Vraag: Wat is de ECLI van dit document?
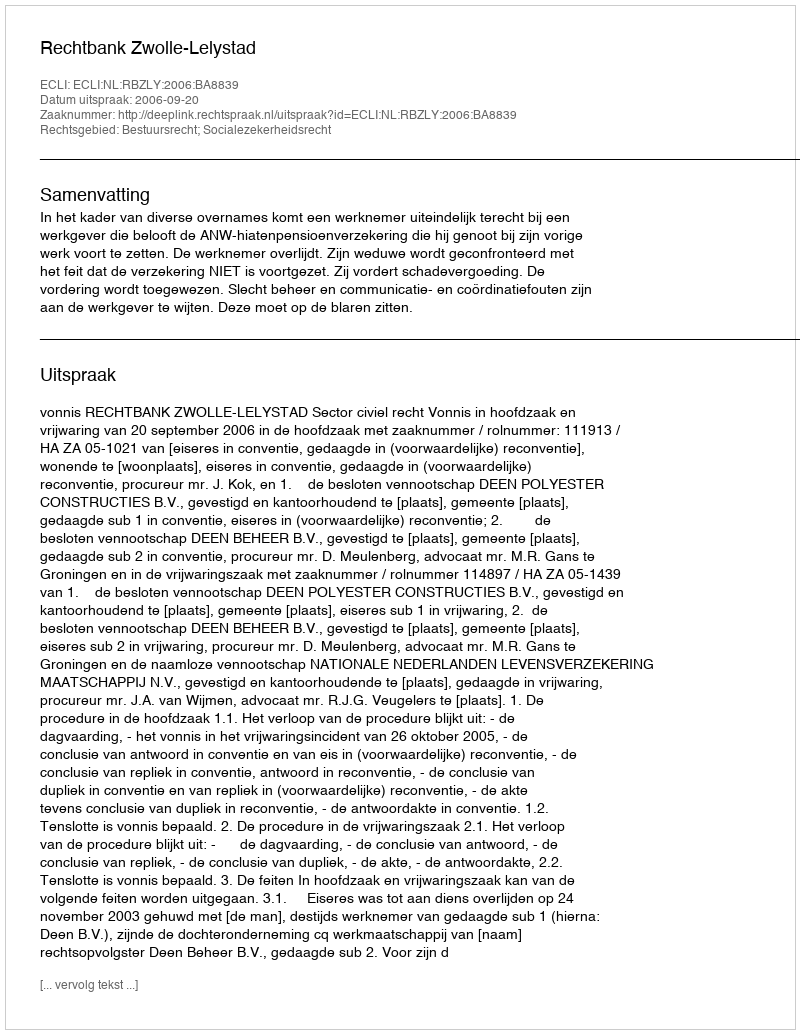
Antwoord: ECLI:NL:RBZLY:2006:BA8839